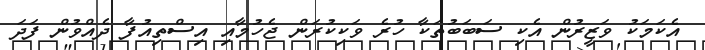
އެކަމަކު ވަޒީރުން އެކި ސަަބަބުތަކާ ހުރެ ވަކިކުރަން ޖެހުމާއި އިސްތިއުފާ ދެއްވުން ފަދަ